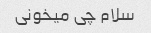
سلام چی میخونی